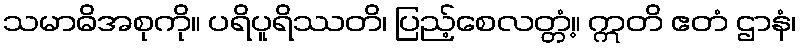
သမာဓိအစုကို။ ပရိပူရိဿတိ၊ ပြည့်စေလတ္တံ့။ ဣတိ ဧတံ ဌာနံ၊